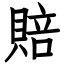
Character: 賠